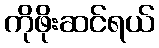
ကိုဖိုးဆင်ရယ်